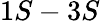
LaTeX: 1S-3S